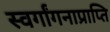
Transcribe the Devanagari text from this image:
स्वर्गांगनाप्राप्ति